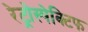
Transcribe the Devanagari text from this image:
रेट्रोस्‍पेक्टिफ